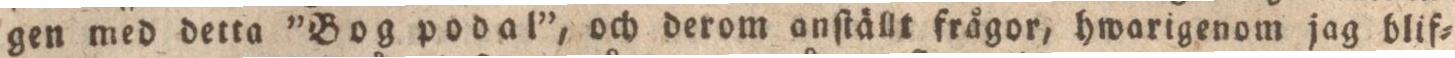
gen med detta ”Bog podal”, och derom anſtällt frågor, hwarigenom jag blif=